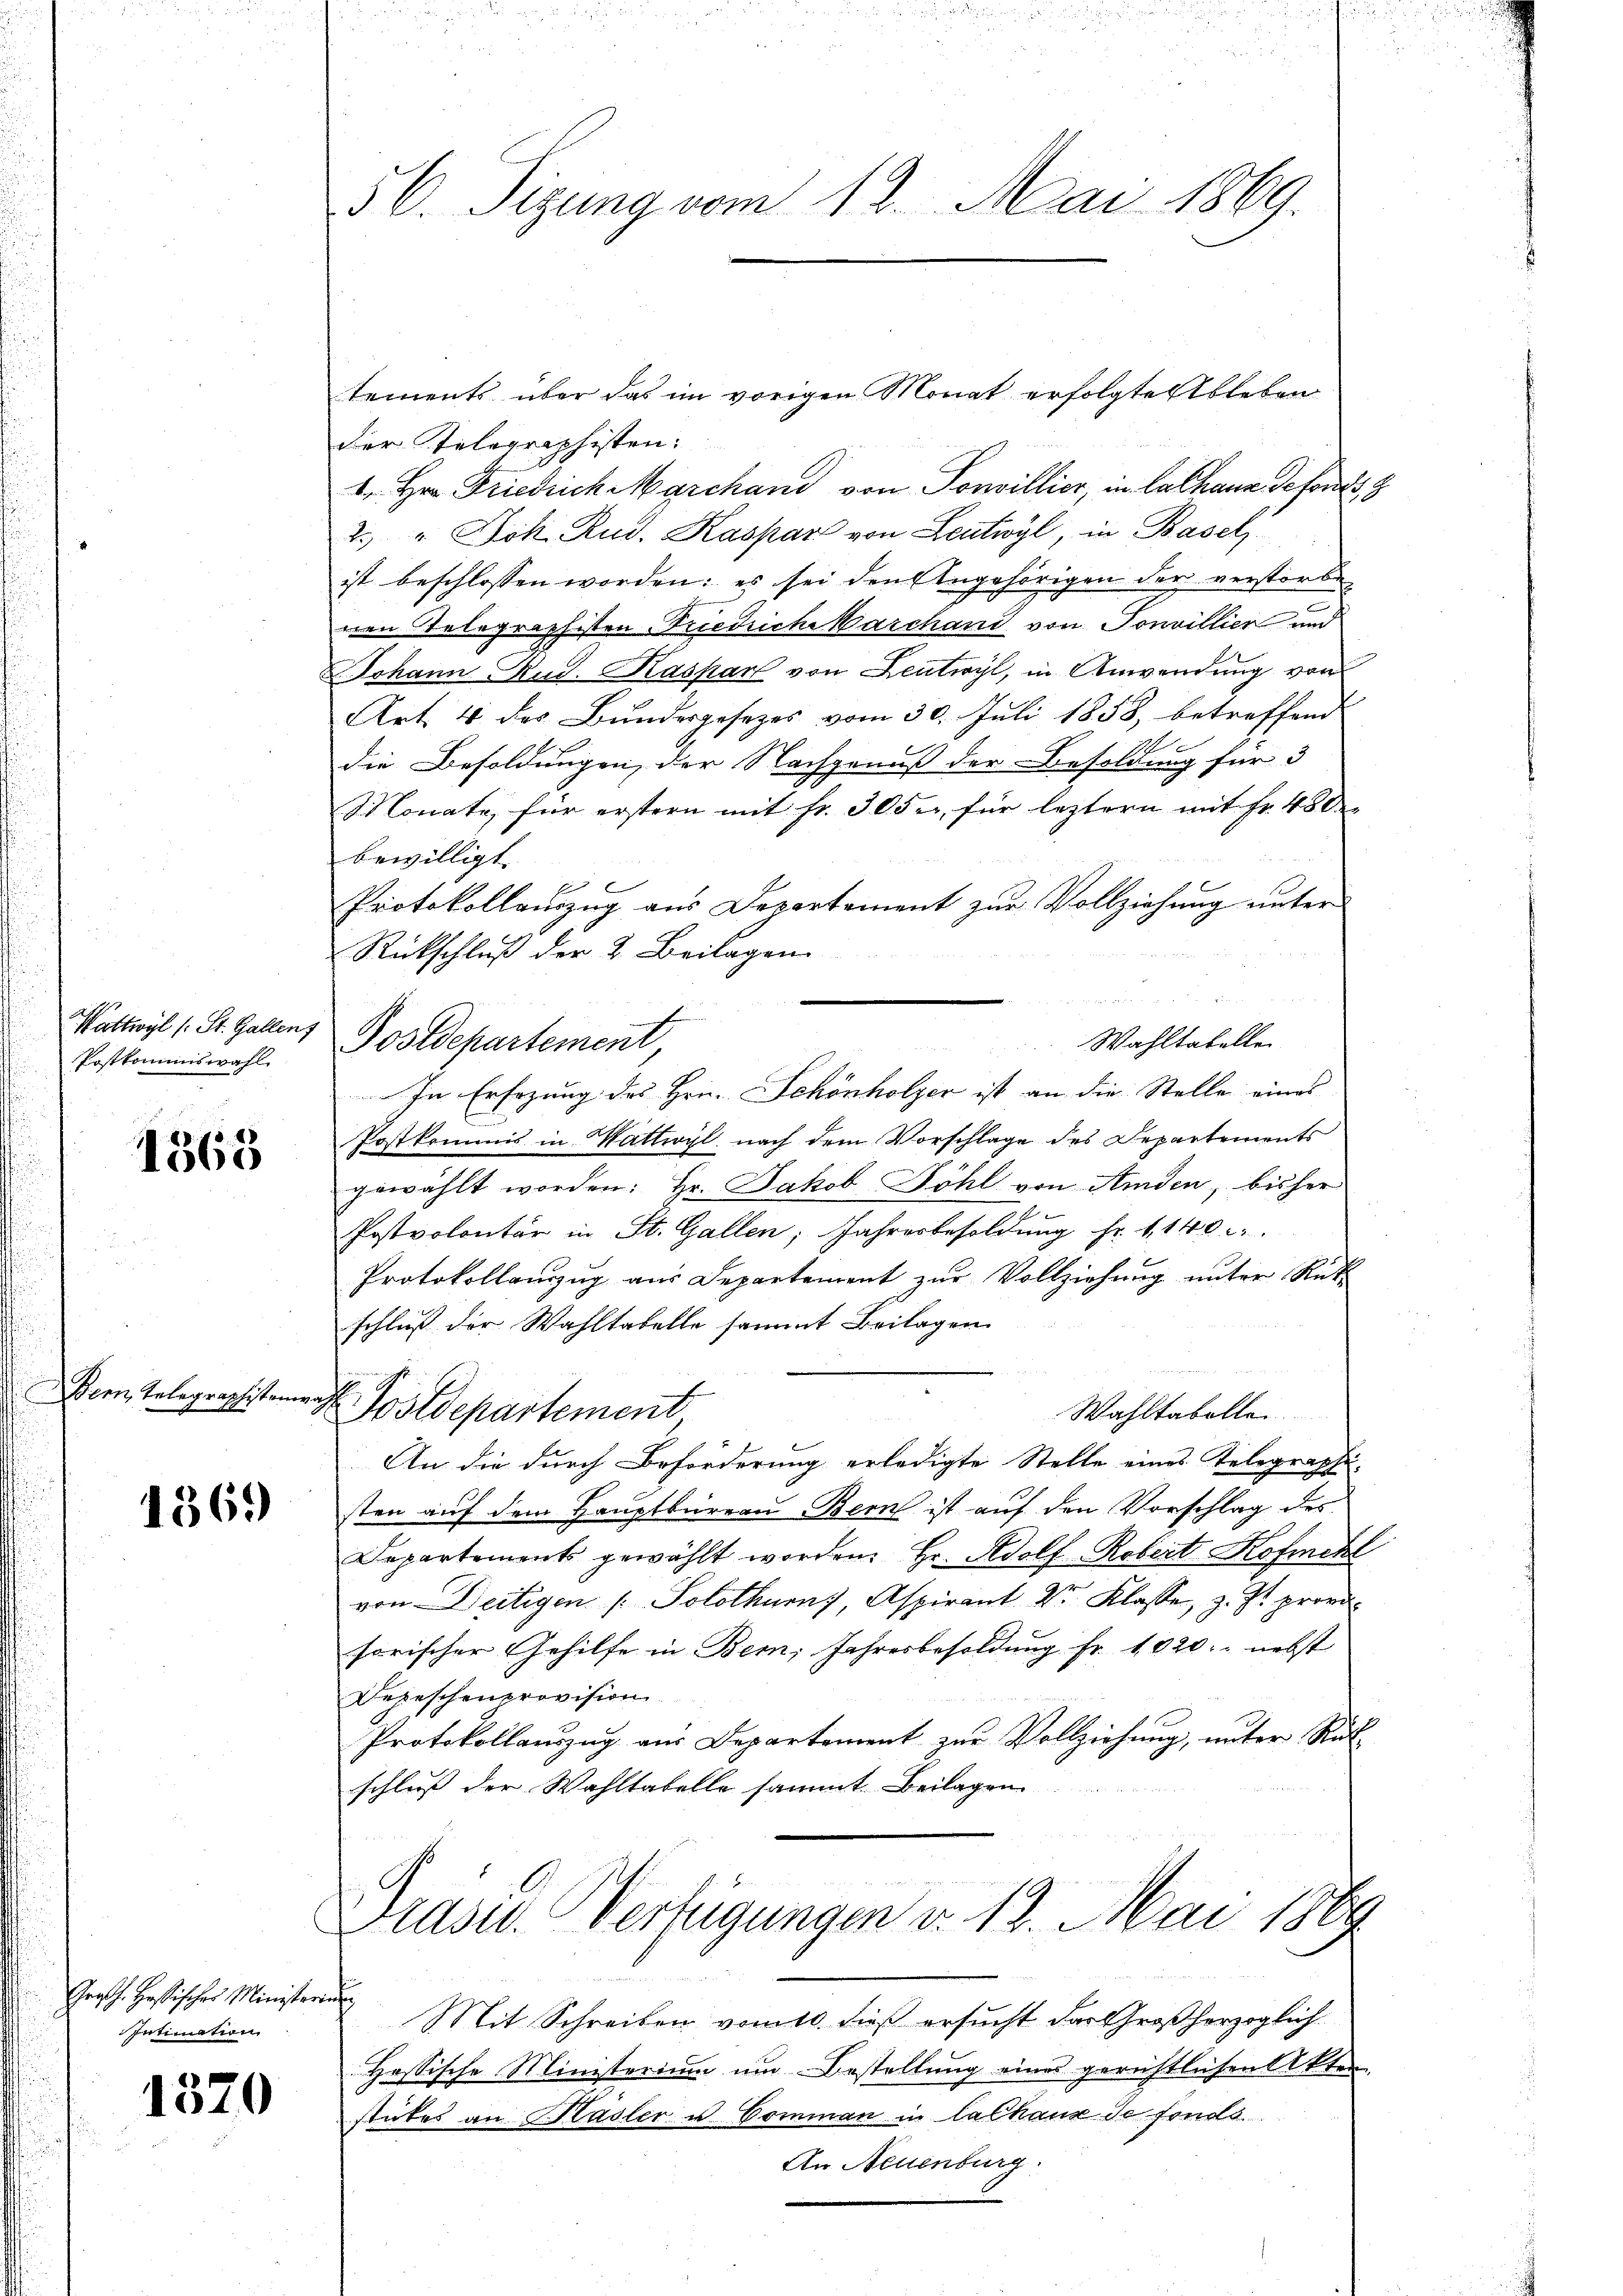
Postkommiswahl

1565

Bern, Telegraphistenwahl

1369

Gross. Hastischer Ministerium
Intimation

1570

56. Sizung vom 12. Mai 1869.

tements über das im vorigen Monat erfolgte Ableben
der Telegraphisten:
4. Hrn. Friedrich Marchand von Ponvillier, in Cathane Gefordes
2. " Joh. Rud. Kaspar von Leutwyl, in Basel
ist beschlossen worden: es sei den Angehörigen der verstorbe
nen Stelegraphisten Friedriche Barchand von Sonvillier und
Johann Rud. Kaspar von Leutwyl, in Anwendung von
Art. 4 des Bundesgesezes vom 30. Juli 1858, betreffend
2
die Besoldungen, der Nachgenuß der Besoldung für 3
Monate, für erstern mit fr. 305, für leztern mit Fr. 480
bewilligt.
e
Protokollauszug aus Departement zur Vollziehung unter
Rückschluß der 2. Beilagen
Wahltabellen
In Ersezung des Hrn. Schönholzer ist an die Stelle eines
Postkommis in Wattwyl nach dem Vorschlage des Departements
gewählt worden: Hr. Jakob Böhl von Amden, bisher
Postvolontär in St. Gallen, Jahresbesoldung Fr. 1140
Protokollanzug aus Departement zur Vollziehung unter Rück-
schluß der Wahltabelle sammt Beilagen
Wahltabellen.
. Postdepartement
An die durch Beförderung erledigte Stelle eines Telegraphi-
sten auf dem Hauptbureau Bern ist auf den Vorschlag des
Departements gewählt worden. Hr. Adolf Robert Kofiehl
von Deitigen Solothurn, Aspirant Dr. Klasse, z. Zt. provi
sorischer Gehilfe in Bem; Jahresbesoldung fr. 1020. nebst
Depeschenprovision
Protokollauszug aus Departement zur Vollziehung, unter Rück-
schluß der Wahltabelle sammt Beilagen

Wattwyl (: St. Gallen Postdepartement

s
 1

Präsid.. Verfügungen v. 12. Mai 1889

e
Mit Schreiben vom 10. dieß ersucht das Großherzoglich
Hassische Ministerium um Bestellung eines gerichtlichen Akten
stückes an Hasler u. Comman in lalhaus de fondo
An Neuenburg